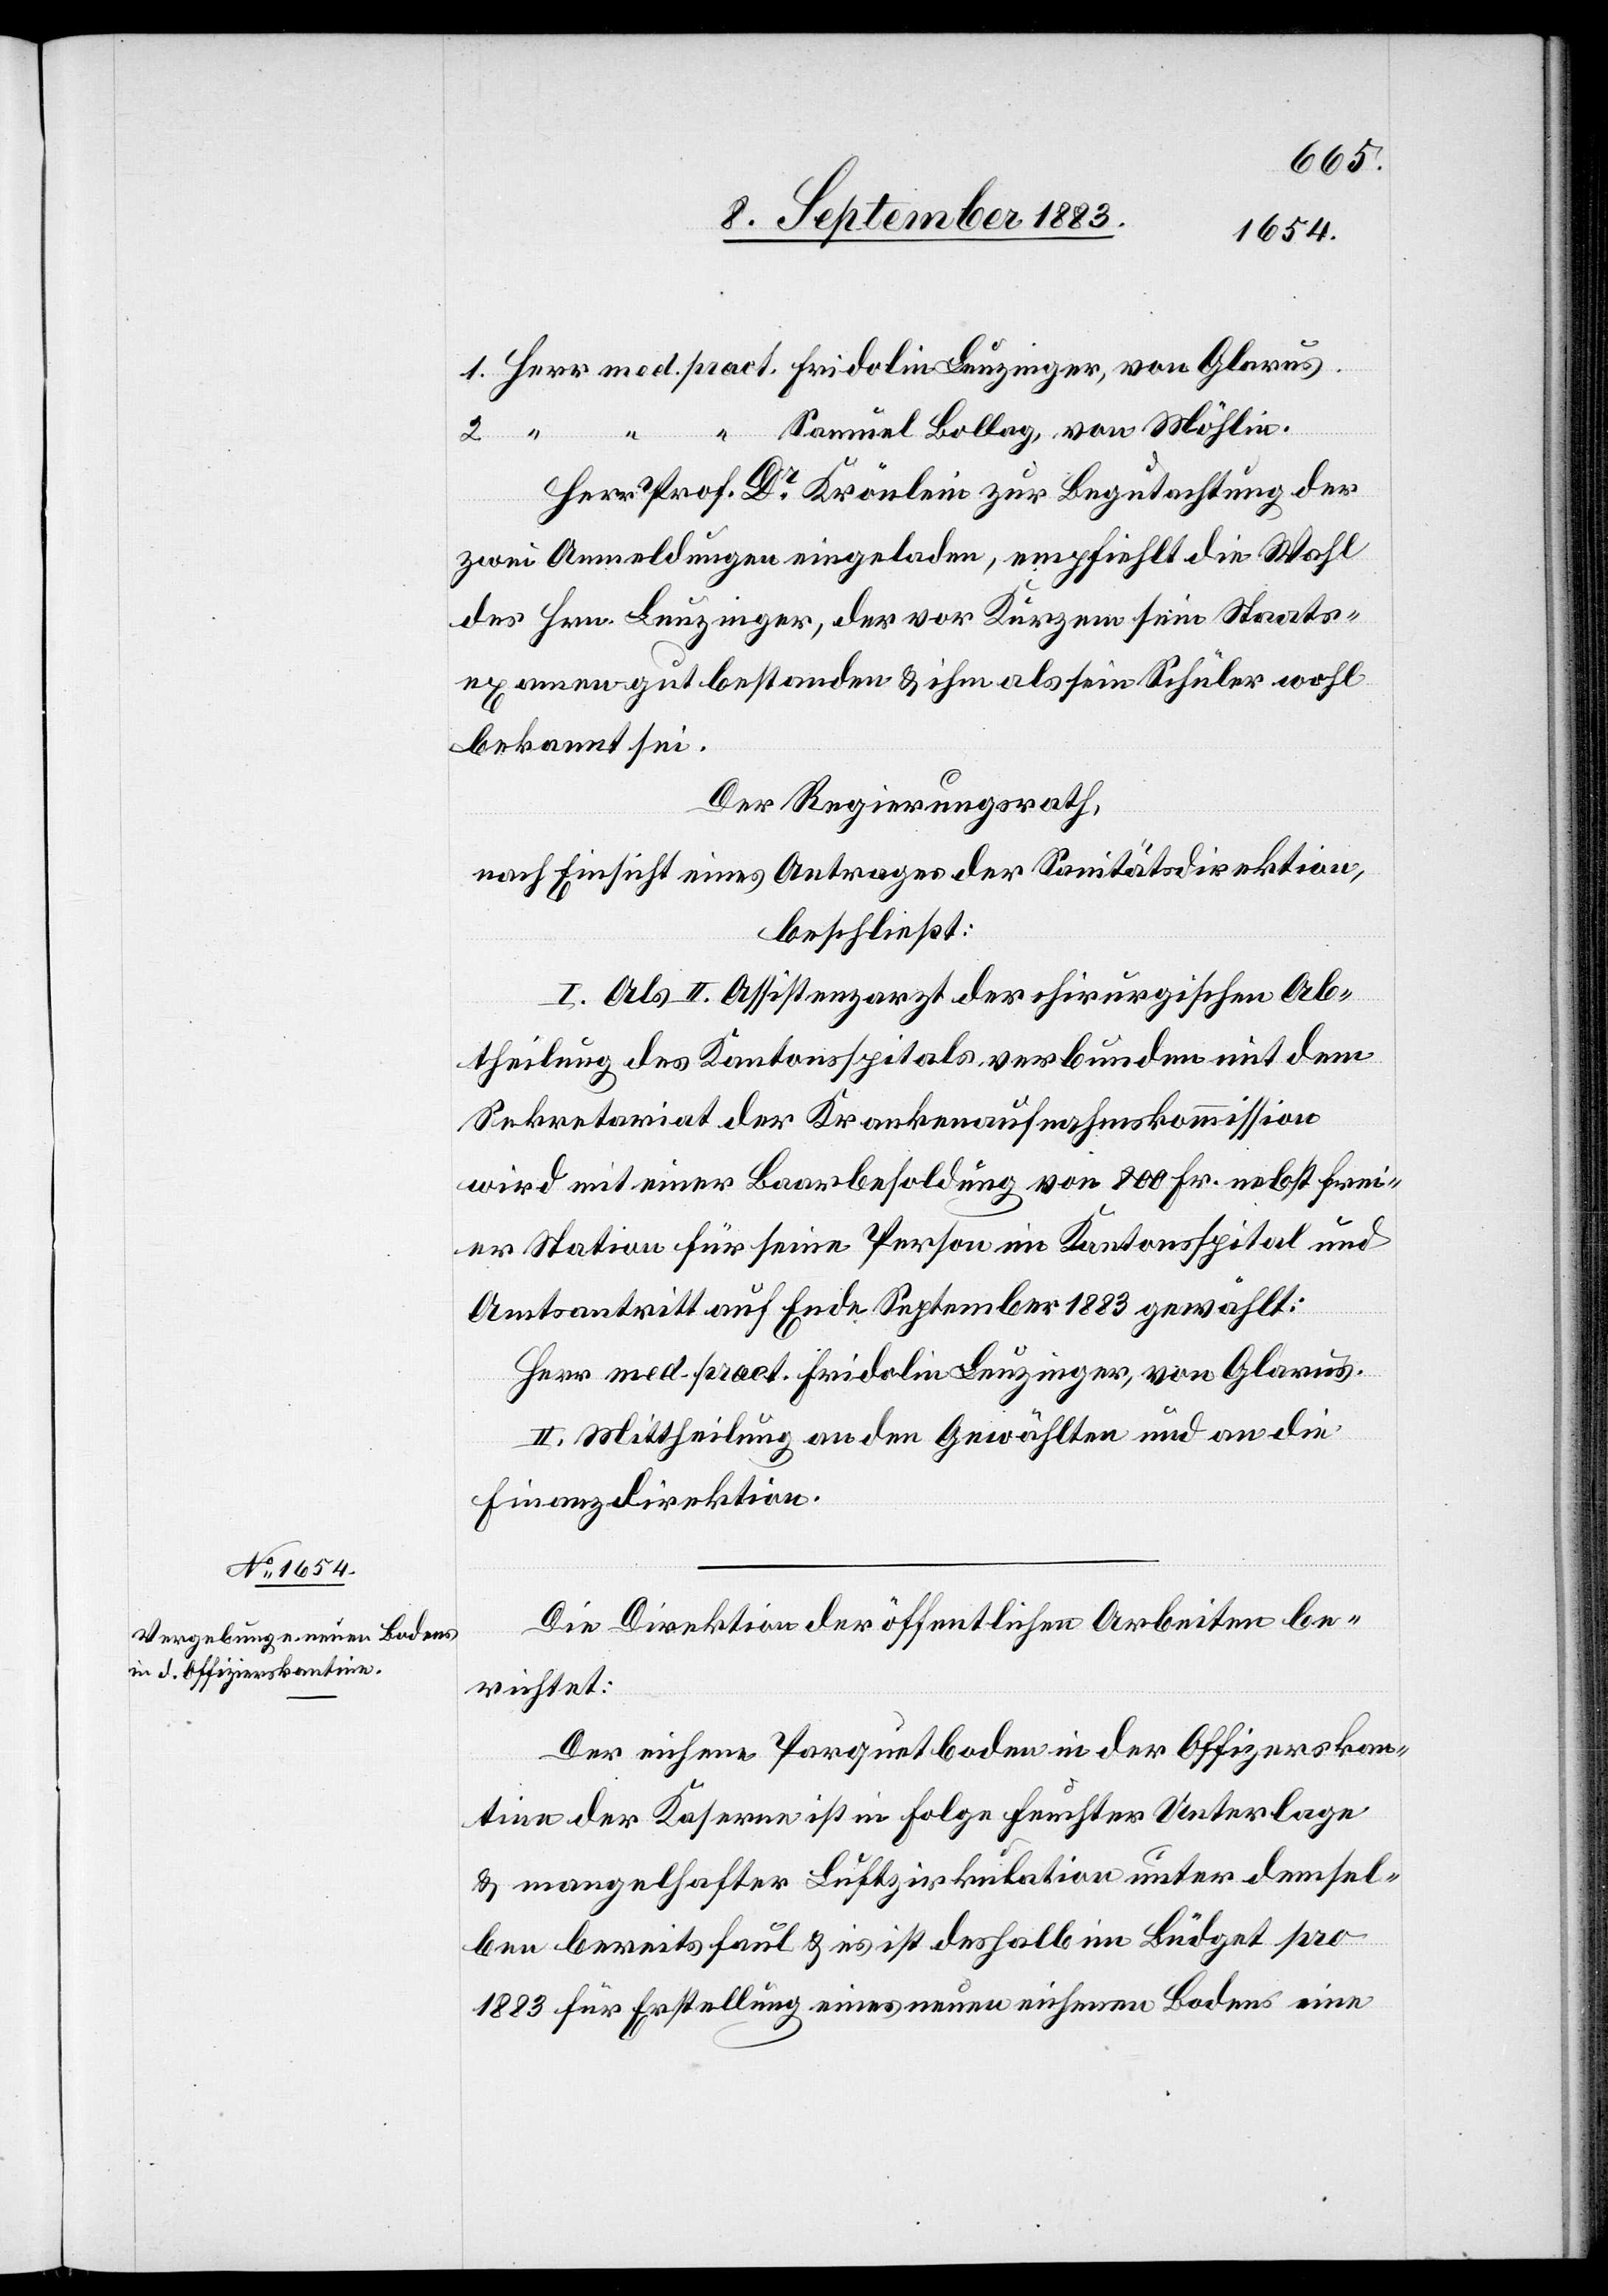
Samuel Bollag, von Möhlin.
Herr Prof. Dr Krönlein zur Begutachtung der
zwei Anmeldungen eingeladen, empfiehlt die Wahl
des Hrn. Leuzinger, der vor Kurzem sein Staats¬
examen bestanden & ihm als sein Schüler wohl
bekannt sei.
Der Regierungsrath,
nach Einsicht eines Antrages der Sanitätsdirektion,
beschließt:
I. Als II. Assistenzarzt der chirurgischen Ab¬
theilung des Kantonsspitals verbunden mit dem
Sekretariat der Krankenaufnahmskommission
wird mit einer Baarbesoldung von 800 Fr. nebst frei¬
er Station für seine Person im Kantonsspital und
Amtsantritt auf Ende September 1883 gewählt:
Herr med. pract. Fridolin Leuzinger, von Glarus.
II. Mittheilung an den Gewählten und an die
Finanzdirektion.
Die Direktion der öffentlichen Arbeiten be¬
richtet:
Der eichene Parquetboden in der Offizierskan¬
tine der Kaserne ist in Folge feuchter Unterlage
& mangelhafter Luftzirkulation unter demsel¬
ben bereits faul & es ist deshalb im Büdget pro
1883 für Erstellung eines neuen eichenen Bodens eine